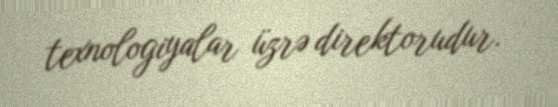
texnologiyalar üzrə direktorudur.